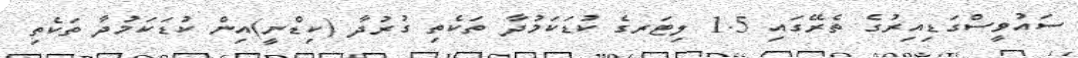
ސައުވީސްގަޑިއިރުގެ ތެރޭގައި 1.5 ލިޓަރގެ ކުޑަކަމުދާ ތަކެތި ގުރުދާ (ކިޑްނީ)އިން ކުޑަކަމުދާ ތަކެތި